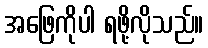
အဖြေကိုပါ ရဖို့လိုသည်။